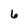
Character: 6